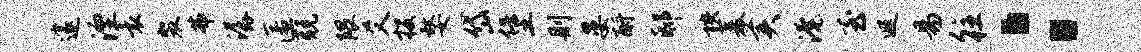
邃湮袁裴弗潺匿兢隈爻投嫠岱堡则晏酹邸秧菱美淹至遐易往：